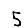
Digit: 5